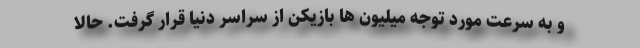
و به سرعت مورد توجه میلیون ها بازیکن از سراسر دنیا قرار گرفت. حالا